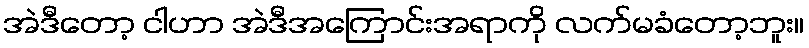
အဲဒီတော့ ငါဟာ အဲဒီအကြောင်းအရာကို လက်မခံတော့ဘူး။